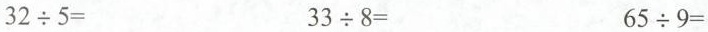
$$3 2 {\div} 5 =$$ $$3 3 {\div} 8 =$$ $$6 5 {\div} 9 =$$